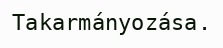
Takarmányozása.